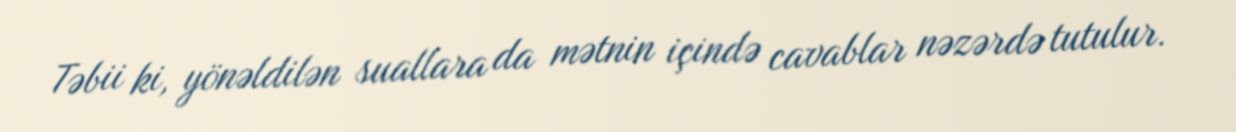
Təbii ki, yönəldilən suallara da mətnin içində cavablar nəzərdə tutulur.